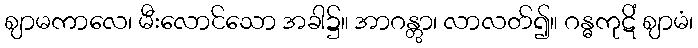
ဈာမကာလေ၊ မီးလောင်သော အခါ၌။ အာဂန္တွာ၊ လာလတ်၍။ ဂန္ဓကုဋိံ ဈာမံ၊